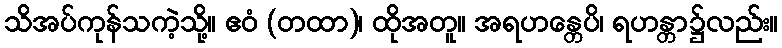
သိအပ်ကုန်သကဲ့သို့။ ဧဝံ (တထာ)၊ ထိုအတူ။ အရဟန္တေပိ၊ ရဟန္တာ၌လည်း။